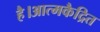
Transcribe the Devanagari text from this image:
है।आत्मकैद्रित